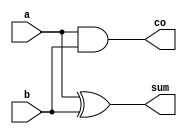
//half adder

module ha(input a,b,
          output sum,co);
  
  assign sum=a^b,
         co=a&b;
    
endmodule